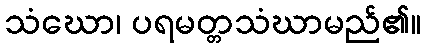
သံဃော၊ ပရမတ္တသံဃာမည်၏။